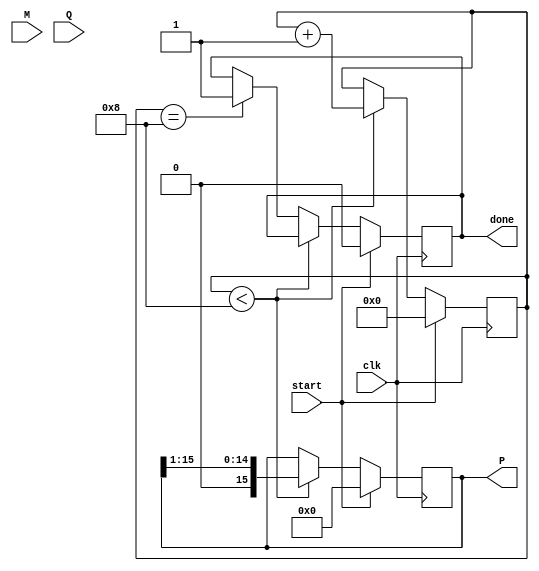
module modified_booth_multiplier #(
    parameter WIDTH = 8 // Bit width for multiplicand and multiplier
)(
    input signed [WIDTH-1:0] M, // Multiplicand
    input signed [WIDTH-1:0] Q, // Multiplier
    input clk, // Clock signal
    input start, // Start signal
    output reg signed [2*WIDTH-1:0] P, // Product
    output reg done // Done signal
);

    reg [WIDTH-1:0] Q_reg; // Register for multiplier
    reg [WIDTH-1:0] M_reg; // Register for multiplicand
    reg [WIDTH:0] Q_ext; // Extended multiplier
    reg [2*WIDTH-1:0] P_temp; // Temporary product register
    reg [3:0] count; // Counter for iterations
    reg [1:0] control; // Control signal for Booth encoding

    // Booth encoding logic
    always @(*) begin
        case (Q_ext[1:0])
            2'b00: control = 2'b00; // No operation
            2'b01: control = 2'b01; // Add M
            2'b10: control = 2'b10; // Subtract M
            2'b11: control = 2'b00; // No operation
            default: control = 2'b00;
        endcase
    end

    // Main multiplication process
    always @(posedge clk) begin
        if (start) begin
            // Initialize registers
            Q_reg <= Q;
            M_reg <= M;
            P <= 0;
            Q_ext <= {1'b0, Q_reg}; // Extend Q with an extra bit
            count <= 0;
            done <= 0;
        end else if (count < WIDTH) begin
            // Generate partial product based on control signal
            case (control)
                2'b01: P_temp = P + {M_reg, WIDTH}; // Add M
                2'b10: P_temp = P - {M_reg, WIDTH}; // Subtract M
                default: P_temp = P; // No operation
            endcase

            // Update product
            P <= P_temp;

            // Arithmetic right shift
            P <= P >> 1;

            // Update Q_ext for next iteration
            Q_ext <= {Q_ext[WIDTH-1:0], 1'b0}; // Shift Q_ext right
            count <= count + 1; // Increment count
        end else if (count == WIDTH) begin
            done <= 1; // Indicate that multiplication is done
        end
    end
endmodule